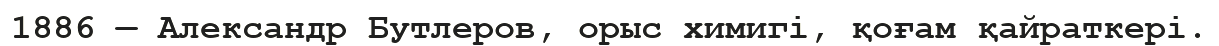
1886 — Александр Бутлеров, орыс химигі, қоғам қайраткері.